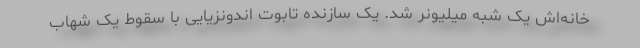
خانه‌اش یک شبه میلیونر شد. یک سازنده تابوت اندونزیایی با سقوط یک شهاب